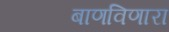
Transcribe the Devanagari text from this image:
बाणविणारा